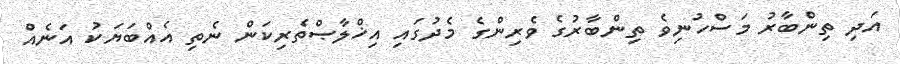
އަދި ތިންބާރު މަސްހުނިވެ ތިންބާރުގެ ވެރިންގެ މެދުގައި އިޚްލާޞްތެރިކަން ނެތި އެއްބަޔަކު އަނެއް